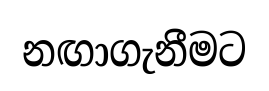
නඟාගැනීමට